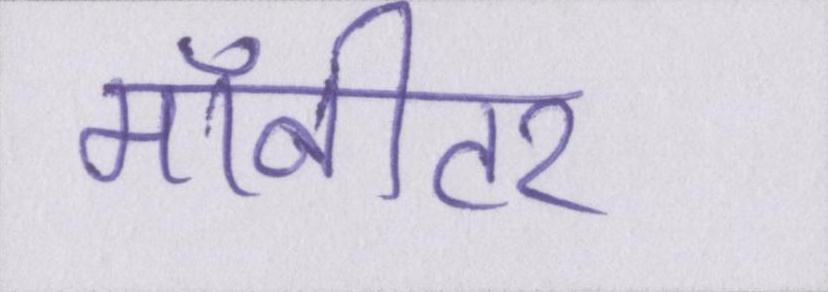
मॉनीटर